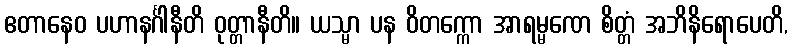
ဧတာနေဝ ပဟာနင်္ဂါနီတိ ဝုတ္တာနီတိ။ ယသ္မာ ပန ဝိတက္ကော အာရမ္မဏေ စိတ္တံ အဘိနိရောပေတိ,